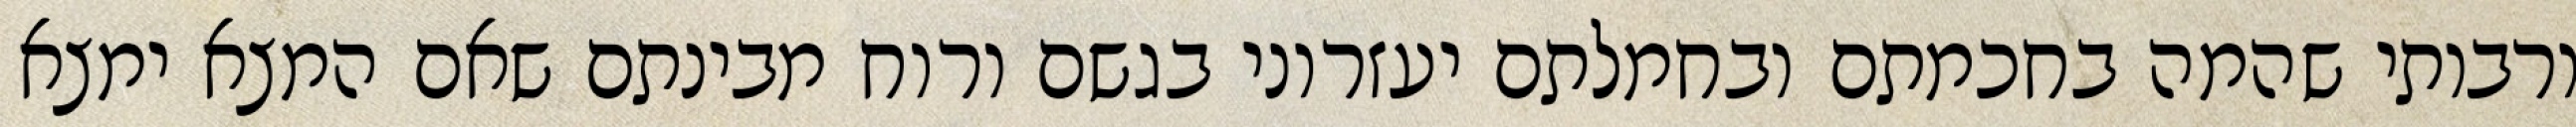
ורבותי שהמה בחכמתם ובחמלתם יעזרוני בגשם ורוח מבינתם שאם המצא ימצא